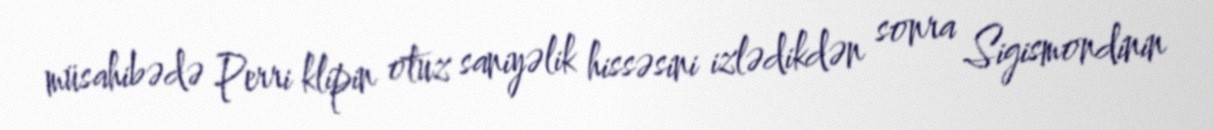
müsahibədə Perri klipin otuz saniyəlik hissəsini izlədikdən sonra Sigismondinin